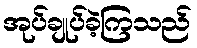
အုပ်ချုပ်ခဲ့ကြသည်